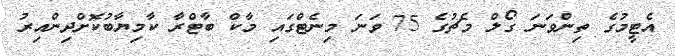
އެޓީމުގެ ތިންވަނަ ގޯލް މެޗުގެ 75 ވަނަ މިނެޓްގައި މާކް ބާޓްރާ ކާމިޔާބުކޮށްދިންއިރު